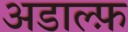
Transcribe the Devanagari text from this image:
अडाल्फ़